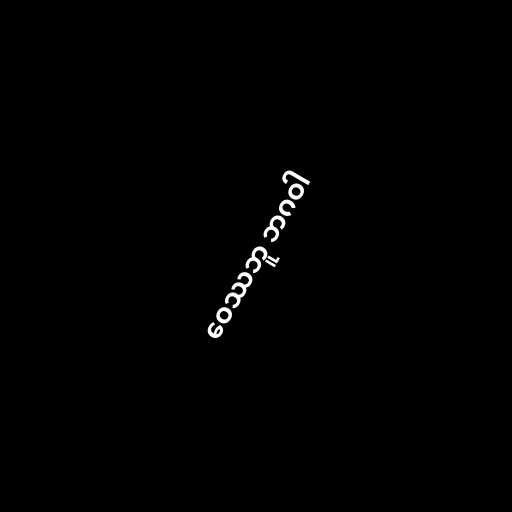
ဝေဿဘူ ဘဂဝါ